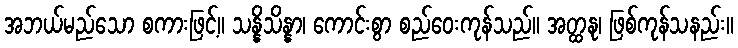
အဘယ်မည်သော စကားဖြင့်။ သန္နိသိန္နာ၊ ကောင်းစွာ စည်ဝေးကုန်သည်။ အတ္ထနု၊ ဖြစ်ကုန်သနည်း။